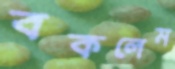
বকলেম